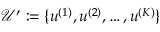
\mathcal { U } ^ { \prime } : = \{ \boldsymbol { u } ^ { ( 1 ) } , \boldsymbol { u } ^ { ( 2 ) } , \dots , \boldsymbol { u } ^ { ( K ) } \}